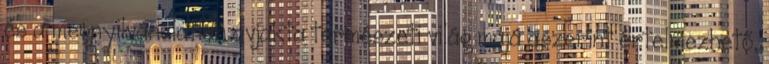
és a megnyilvánulatlan avjakta természeti világ májá aszerint értelmezhető,